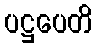
ပဋ္ဌပေတိ